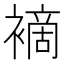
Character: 䙗